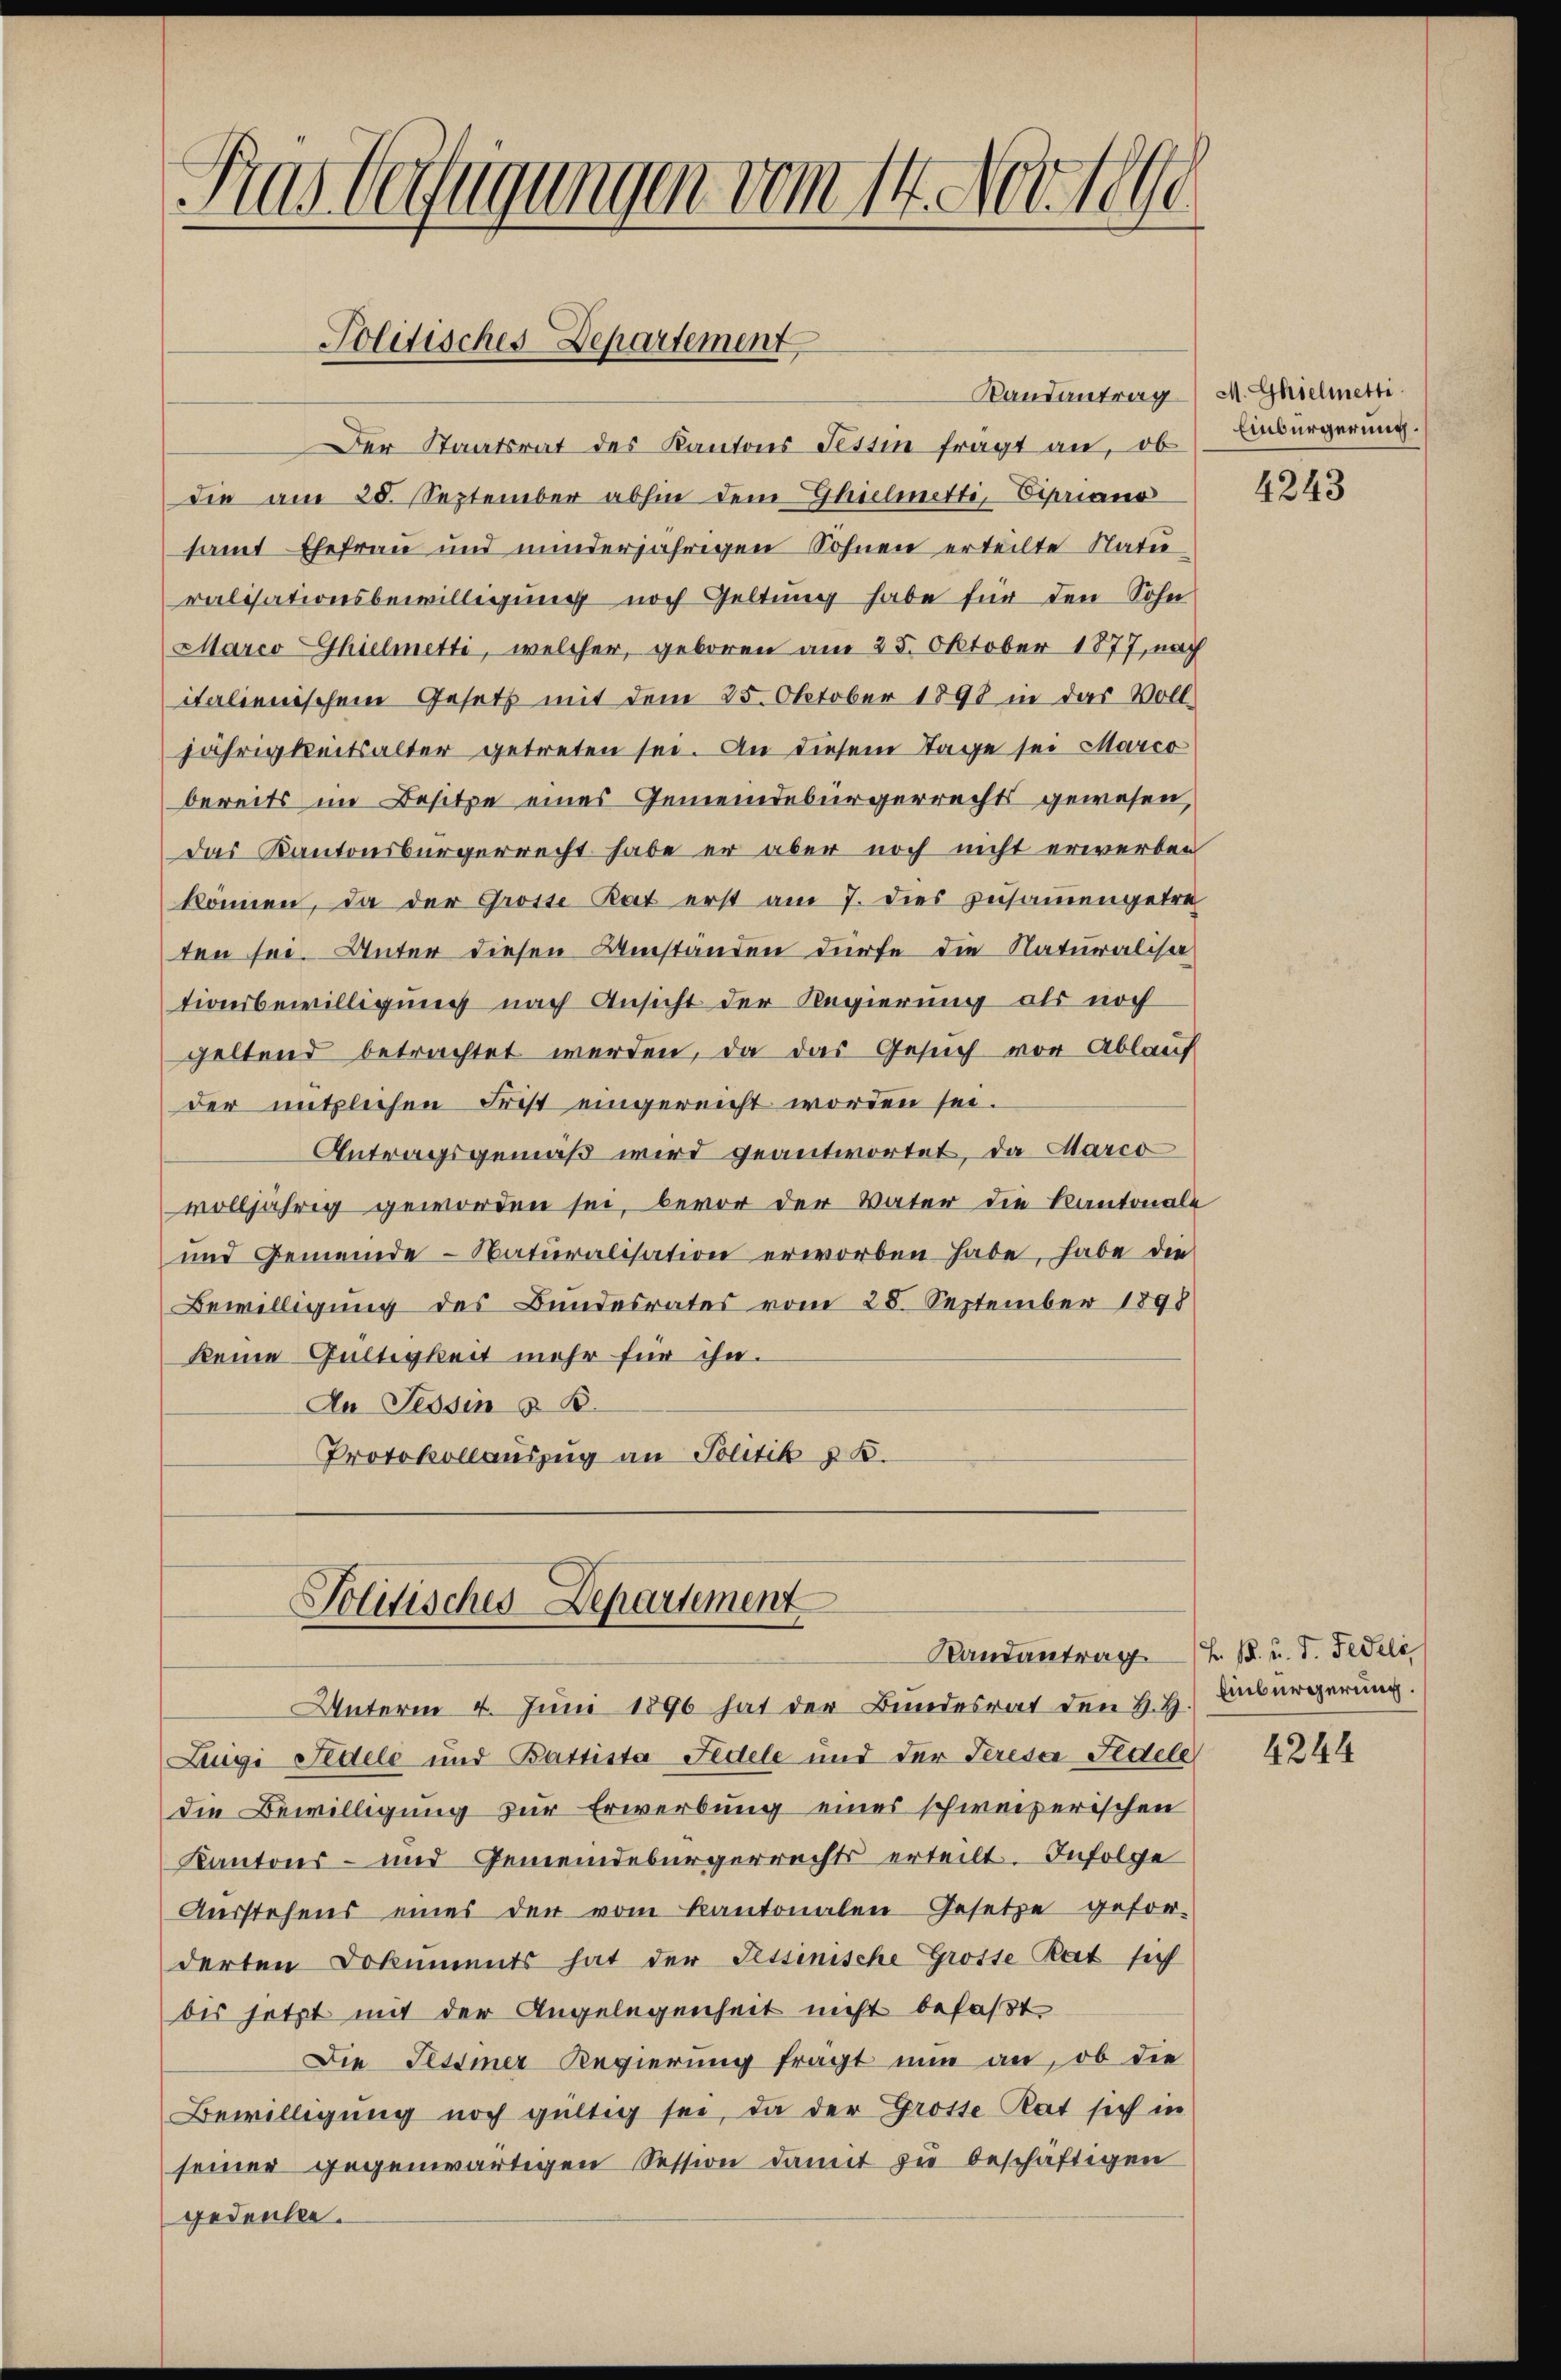
Aus Gefügungen vom 14. Nov 18te

Politisches-Departement

Randantrag
Der Staatsrat des Kantons Testin fragt an, ob
die am 28. September abhin dem Thielmetti, Vipriano
samt Ehefrau und minderjährigen Sohnen erteilte Natu
ralisationsbewilligung noch Geltung habe für den Sohn
Marco Ghielmetti, welcher, geboren am 25. Oktober 1877, nach
italienischem Gesetz mit dem 25. Oktober 1890 in das Voll-
jährigkeitsalter getreten sei. An diesem Tage sei Marco
bereits im Besitze eines Gemeindebürgerrechts gewesen,
das Kantonsbürgerrecht habe er aber noch nicht erwerben
können, da der Grosse Rat erst am 7. dies zusammengetre
ten sei. Unter diesen Umstanden dürfe die Naturalisationsbewilligung nach Ansicht der Regierung als noch
geltend betrachtet werden, da das Gesuch vor Ablauf
der nützlichen Frist eingereicht worden sei.
Antragsgemäß wird geantwortet, da Marco
volljährig geworden sei, bevor der Vater die Kantonale
und Gemeinde Naturalisation erworben habe, habe die
Bewilligung des Bundesrates vom 28. September 1898
keine Gültigkeit mehr für ihn.
An Tessin & B.
Protokollauszug an Politik z. B.
Politisches Departement
Sandantragt. B. u. d. Fideli
Unterm 4. Juni 1890 hat der Bundesrat den H. H.
Luigi Fidele und Battista Fidele und der Tereser Fidele
die Bewilligung zur Erwerbung eines schweizerischen
Kantons- und Gemeindebürgerrechts erteilt. Infolge
Aŭsstehens eines der vom kantonalen Gesetze gefor-
derten Dokuments hat der Tessinische Grosse Rat sich
des jetzt mit der Angelegenheit nicht befaßt
Die Tessiner Regierung fragt nun an, ob die
Bewilligung noch gültig sei, da der Grosse Rat sich in
seiner gegenwärtigen Session damit zŭ beschäftigen
gedenke.

M. Ghielmetti
Einbürgerung.

4243

Einbürgerung.

4244